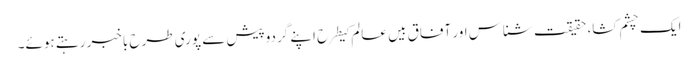
ایک چشم کشا، حقیقت شناس اور آفاق بیں عالم کیطرح اپنے گردوپیش سے پوری طرح باخبر رہتے ہوئے۔